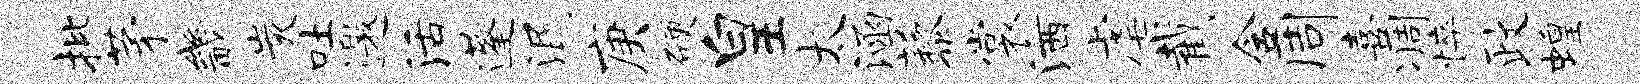
批茅畿炭吐邀活蓬泯庚硬皇太涵藜裳洒虐截含周喜凋悴政蝗